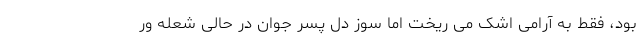
بود، فقط به آرامی اشک می ریخت اما سوز دل پسر جوان در حالی شعله ور